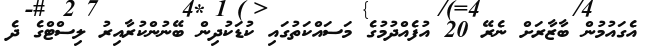
އެގައުމުން ބާޒާރަށް ނެރޭ 20 އުފެއްދުމުގެ މަސައްކަތުގައި ކުޑަކުދިން ބޭނުންކުރާއިރު ލިސްޓްގެ ދެ